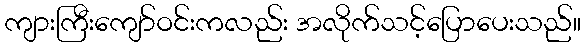
ကျားကြီးကျော်ဝင်းကလည်း အလိုက်သင့်ပြောပေးသည်။